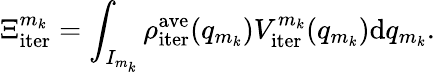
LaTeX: \Xi_{\mathrm{iter}}^{m_{k}}=\int_{I_{m_{k}}}\rho_{\mathrm{iter}}^{\mathrm{ave}}(q_{m_{k}})V_{\mathrm{iter}}^{m_{k}}(q_{m_{k}})\mathrm{d}q_{m_{k}}.